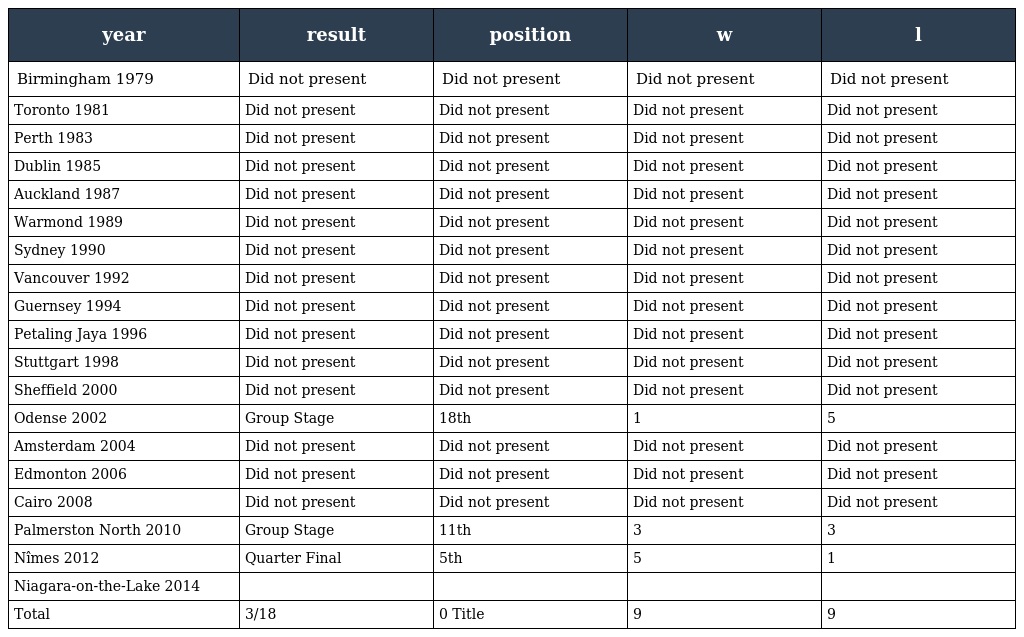
| year | result | position | w | l |
 | --- | --- | --- | --- | --- |
 | Birmingham 1979 | Did not present | Did not present | Did not present | Did not present |
 | Toronto 1981 | Did not present | Did not present | Did not present | Did not present |
 | Perth 1983 | Did not present | Did not present | Did not present | Did not present |
 | Dublin 1985 | Did not present | Did not present | Did not present | Did not present |
 | Auckland 1987 | Did not present | Did not present | Did not present | Did not present |
 | Warmond 1989 | Did not present | Did not present | Did not present | Did not present |
 | Sydney 1990 | Did not present | Did not present | Did not present | Did not present |
 | Vancouver 1992 | Did not present | Did not present | Did not present | Did not present |
 | Guernsey 1994 | Did not present | Did not present | Did not present | Did not present |
 | Petaling Jaya 1996 | Did not present | Did not present | Did not present | Did not present |
 | Stuttgart 1998 | Did not present | Did not present | Did not present | Did not present |
 | Sheffield 2000 | Did not present | Did not present | Did not present | Did not present |
 | Odense 2002 | Group Stage | 18th | 1 | 5 |
 | Amsterdam 2004 | Did not present | Did not present | Did not present | Did not present |
 | Edmonton 2006 | Did not present | Did not present | Did not present | Did not present |
 | Cairo 2008 | Did not present | Did not present | Did not present | Did not present |
 | Palmerston North 2010 | Group Stage | 11th | 3 | 3 |
 | Nîmes 2012 | Quarter Final | 5th | 5 | 1 |
 | Niagara-on-the-Lake 2014 |  |  |  |  |
 | Total | 3/18 | 0 Title | 9 | 9 |